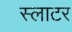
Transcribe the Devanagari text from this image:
स्लाटर